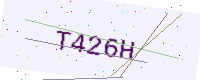
Text: T426H